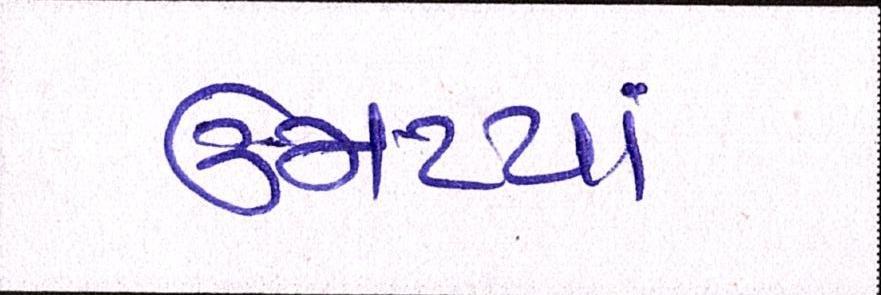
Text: ઉમટયાં